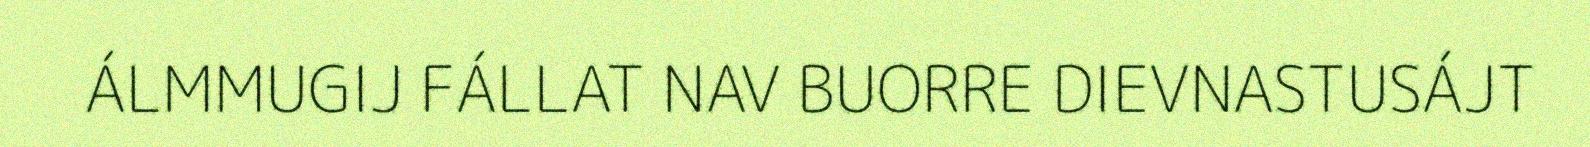
ÁLMMUGIJ FÁLLAT NAV BUORRE DIEVNASTUSÁJT